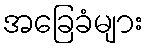
အခြေခံများ